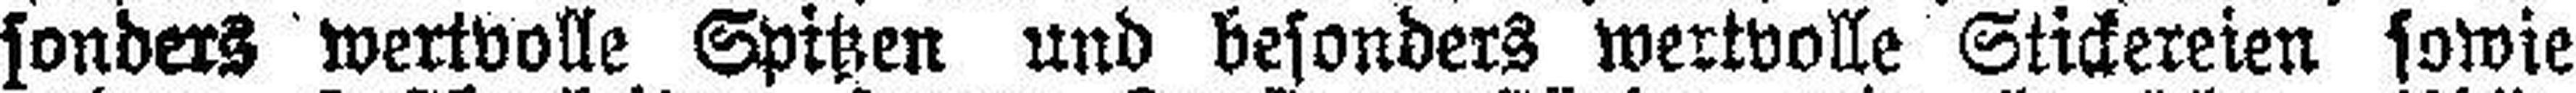
sonders wertvolle Spitzen und besonders wertvolle Stickereien sowie